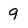
Character: 9